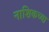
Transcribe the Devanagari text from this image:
नाशिकच्या़